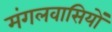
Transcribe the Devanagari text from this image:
मंगलवासियों